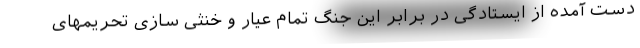
دست آمده از ایستادگی در برابر این جنگ تمام عیار و خنثی سازی تحریمهای